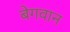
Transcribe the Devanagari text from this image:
बेगवान